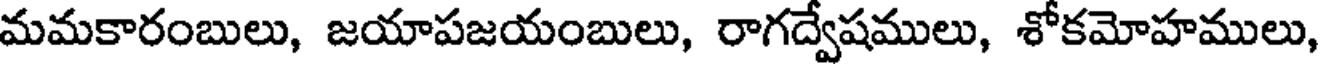
మమకారంబులు, జయాపజయంబులు, రాగద్వేషములు, శోకమోహములు,